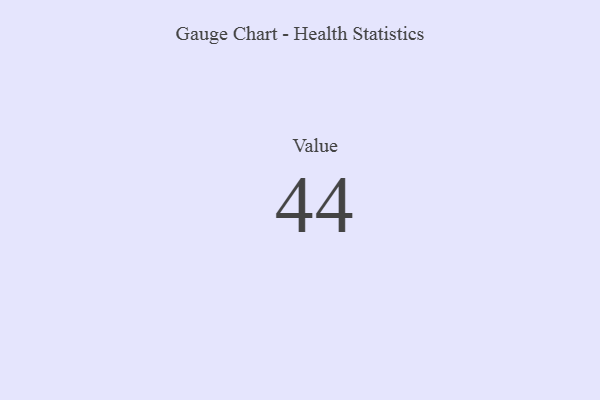
{"axis": {"x": "Metric", "y": "Value"}, "legend": [""], "data": [{"x": "Value", "y": 44, "type": ""}]}